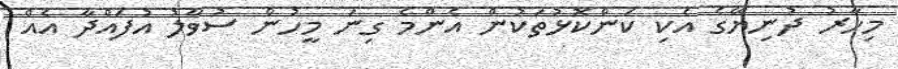
މިހާރު ދުނިޔޭގެ އެކި ކަންކޮޅުތަކުން އެންމެ ގިނަ މީހުން ސުވާލު އުފައްދާ އެއް